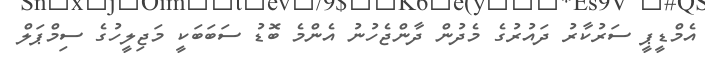
އެމްޑީޕީ ސަރުކާރު ދައުރުގެ މެދުން ދާންޖެހުނު އެންމެ ބޮޑު ސަބަބަކީ މަޖިލީހުގެ ސިމްޕަލް